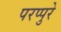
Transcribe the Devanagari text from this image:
परप्पुरे